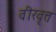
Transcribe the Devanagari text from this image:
वीरवृत्त